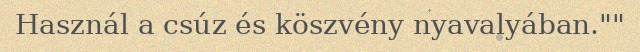
Használ a csúz és köszvény nyavalyában.""